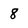
Character: 8